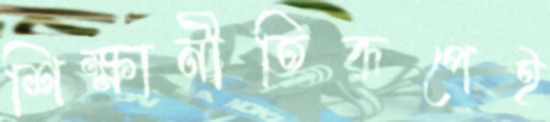
শিক্ষানীতিরূপেই